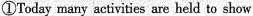
①Today many activities are held to show